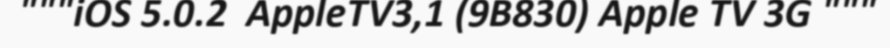
"""iOS 5.0.2  AppleTV3,1 (9B830) Apple TV 3G """